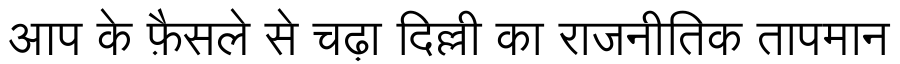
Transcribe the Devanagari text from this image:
आप के फ़ैसले से चढ़ा दिल्ली का राजनीतिक तापमान